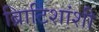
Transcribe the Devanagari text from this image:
ब्रिाटिशांशी